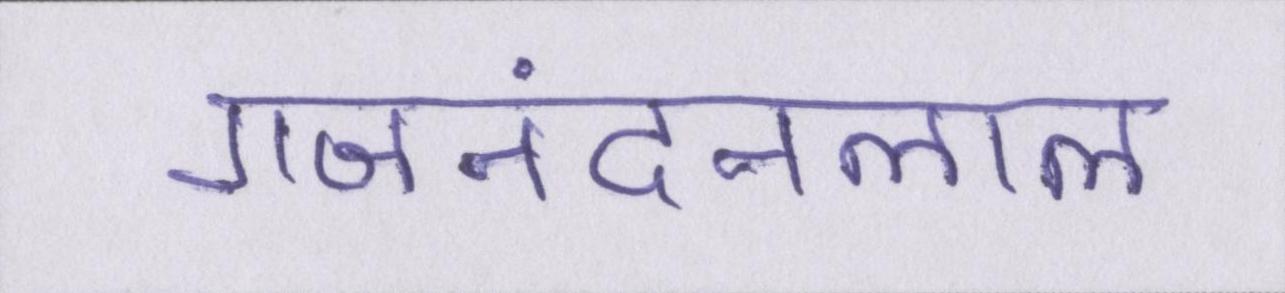
गजनंदनलाल